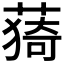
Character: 𦸒